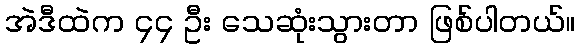
အဲဒီထဲက ၄၄ ဦး သေဆုံးသွားတာ ဖြစ်ပါတယ်။